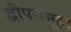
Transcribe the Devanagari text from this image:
द्वीपसमूह।